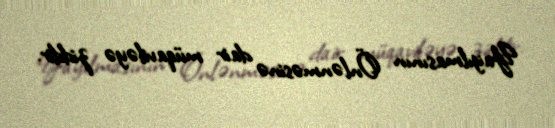
Yayılmasının Önlənməsinə dair müqaviləyə ziddir.